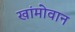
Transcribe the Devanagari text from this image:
खांमोवान